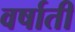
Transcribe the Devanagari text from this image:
वर्षाती